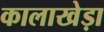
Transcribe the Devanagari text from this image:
कालाखेड़ा